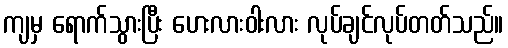
ကျမှ ရောက်သွားပြီး ဟေးလားဝါးလား လုပ်ချင်လုပ်တတ်သည်။